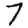
Digit: 7